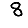
Digit: 8